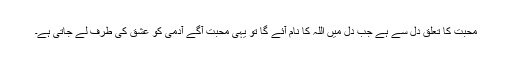
محبت کا تعلق دل سے ہے جب دل میں اللہ کا نام آئے گا تو یہی محبت آگے آدمی کو عشق کی طرف لے جاتی ہے۔